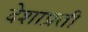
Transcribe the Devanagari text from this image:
देशाप्रती